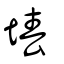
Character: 堾